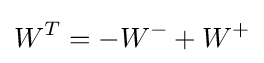
W^{T}=-W^{-}+W^{+}